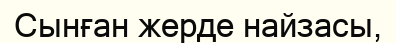
Сынған жерде найзасы,